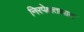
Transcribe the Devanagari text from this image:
निरपेक्षतावाद